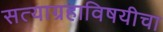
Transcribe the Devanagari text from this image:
सत्याग्रहाविषयीचा